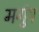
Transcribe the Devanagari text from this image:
मगुंष